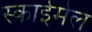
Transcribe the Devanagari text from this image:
स्काईमेल